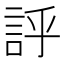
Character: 𧦝